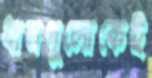
ধানগুলোকেই